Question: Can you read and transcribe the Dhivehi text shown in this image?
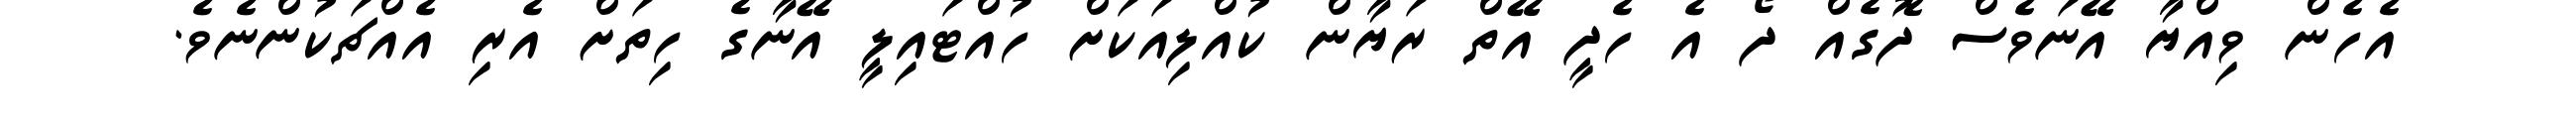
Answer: އެހެން ވިއްޔާ އޭނަވެސް ދޮގެއް ދޯ އެ ހެދީ އޭތް ރަޔާން ކުއްލިއަކަށް ހުއްޓައިލީ އޭނާގެ ހިތަށް އެރި އެއްޗަކުންނެވެ.